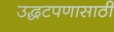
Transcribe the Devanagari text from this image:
उद्धटपणासाठी